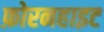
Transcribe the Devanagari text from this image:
फ़ोरनहाइट